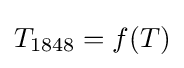
T_{1848}=f(T)